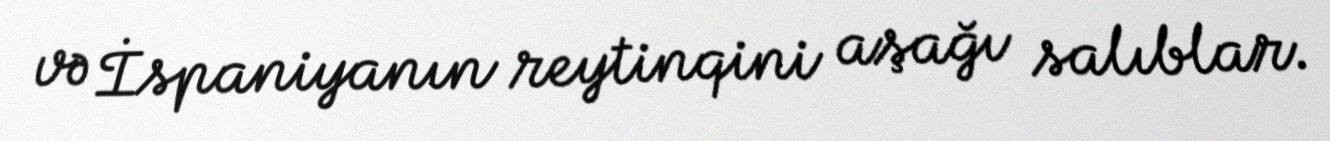
və İspaniyanın reytinqini aşağı salıblar.